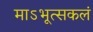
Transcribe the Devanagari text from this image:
माऽभूत्सकलं